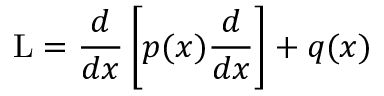
\operatorname { L } = { \frac { d } { d x } } \left[ p ( x ) { \frac { d } { d x } } \right] + q ( x )